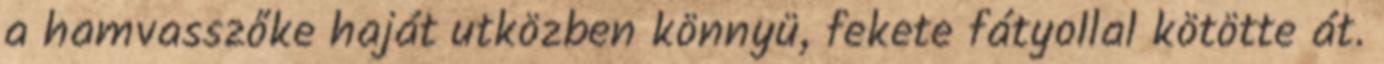
a hamvasszőke haját utközben könnyü, fekete fátyollal kötötte át.